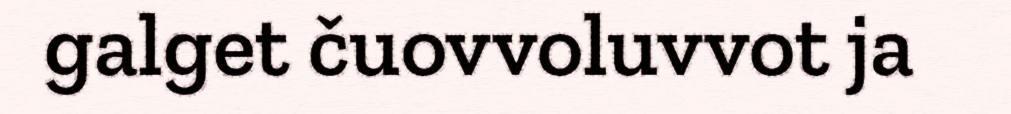
galget čuovvoluvvot ja